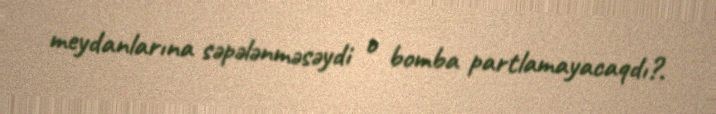
meydanlarına səpələnməsəydi o bomba partlamayacaqdı?.